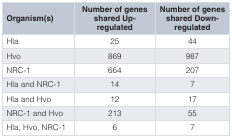
| Organism(s) | Number of genesshared Up-regulated | Number of genesshared Down-regulated |
 | --- | --- | --- |
 | Hla | 25 | 44 |
 | Hvo | 869 | 987 |
 | NRC-1 | 664 | 207 |
 | Hla and NRC-1 | 14 | 7 |
 | Hla and Hvo | 12 | 17 |
 | NRC-1 and Hvo | 213 | 55 |
 | Hla, Hvo, NRC-1 | 6 | 7 |